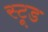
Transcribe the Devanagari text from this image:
स्टूड